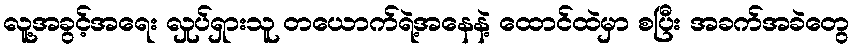
လူ့အခွင့်အရေး လှုပ်ရှားသူ တယောက်ရဲ့အနေနဲ့ ထောင်ထဲမှာ စပြီး အခက်အခဲတွေ